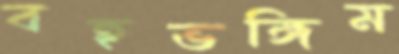
বহুভঙ্গিম